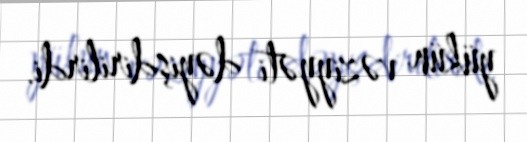
yükün vəziyyəti dəyişdirilirdi.